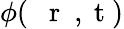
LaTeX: \phi(\mathrm{~{~\mathbf~r~}~,~t~})